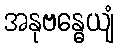
အနုဗန္ဓေယျံ